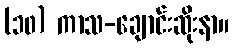
(၁၀) ကာသ-ချောင်းဆိုးနာ။